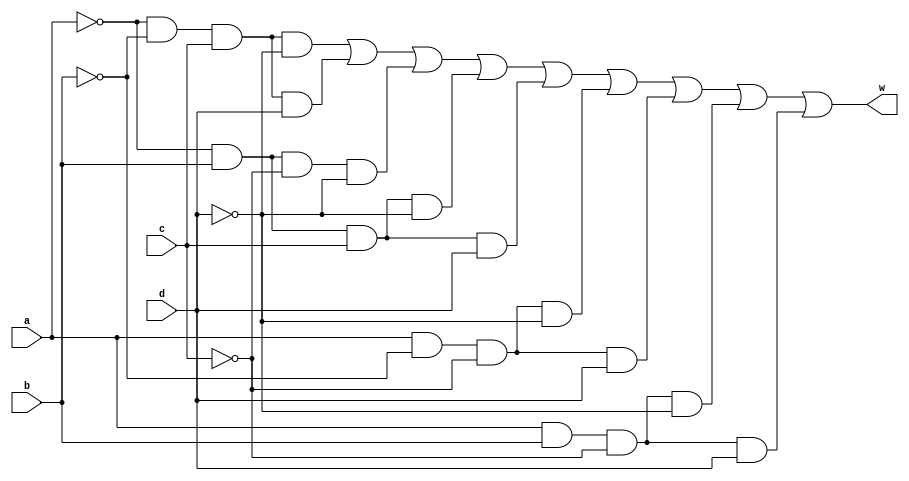
`timescale 1ns/1ns
module myFunc(input a,b,c,d,output w);
	assign w = (~a&~b&c&~d)|(~a&~b&c&d)
			   |(~a&b&~c&~d)|(~a&b&c&~d)
			   |(~a&b&c&d)|(a&~b&~c&~d)
			   |(a&~b&~c&d)|(a&b&~c&~d)
			   |(a&b&~c&d);
endmodule